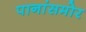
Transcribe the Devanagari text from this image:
पानांसमोर